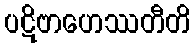
ပဋိဗာဟေဿတီတိ